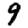
Digit: 9